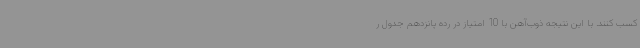
کسب کنند. با این نتیجه ذوب‌آهن با 10 امتیاز در رده پانزدهم جدول ر